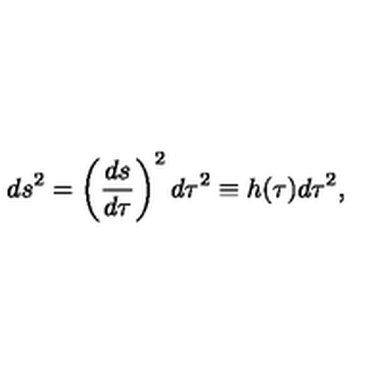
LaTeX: d s ^ { 2 } = \left( \frac { d s } { d \tau } \right) ^ { 2 } d \tau ^ { 2 } \equiv h ( \tau ) d \tau ^ { 2 } ,